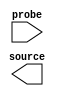

module KEY (
	probe,
	source);	

	input	[3:0]	probe;
	output	[3:0]	source;
endmodule